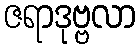
ဇရာဒုဗ္ဗလာ